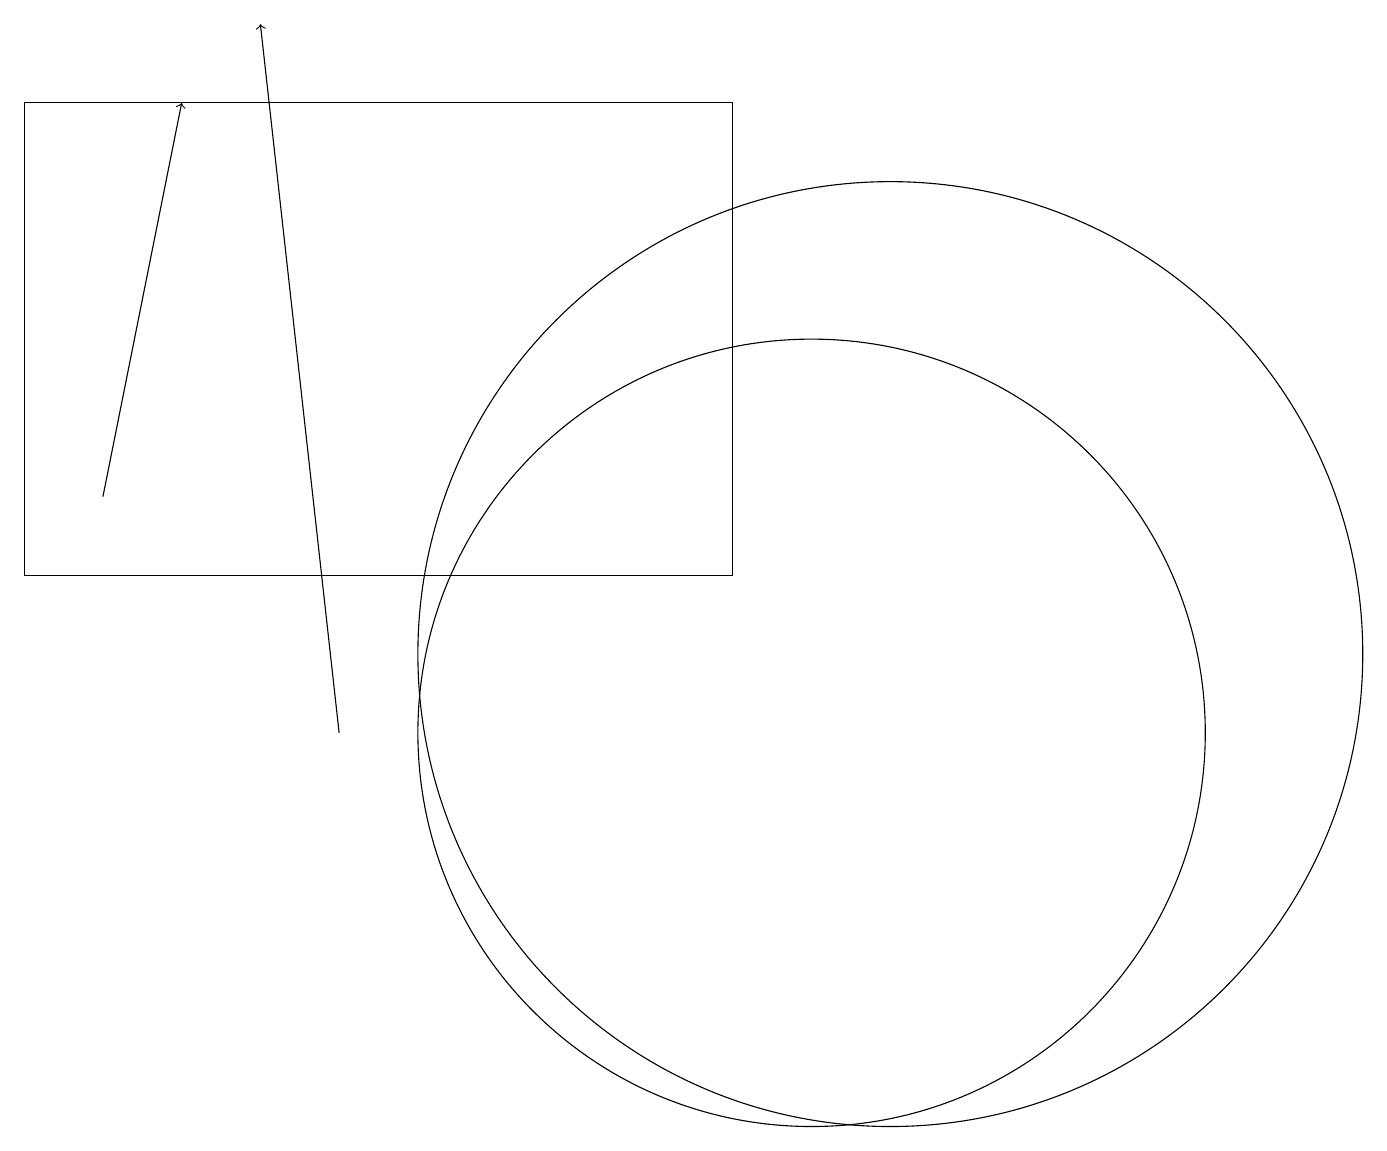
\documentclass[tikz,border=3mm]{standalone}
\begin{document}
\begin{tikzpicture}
\draw[->] (4,10) -- (3,19);
\draw (10,10) circle (5);
\draw (11,11) circle (6);
\draw (9,12) rectangle (0,18);
\draw[->] (1,13) -- (2,18);
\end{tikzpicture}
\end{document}